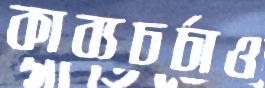
কাব্যচর্চাও